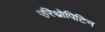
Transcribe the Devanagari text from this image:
एरिथ्रोपिटिन